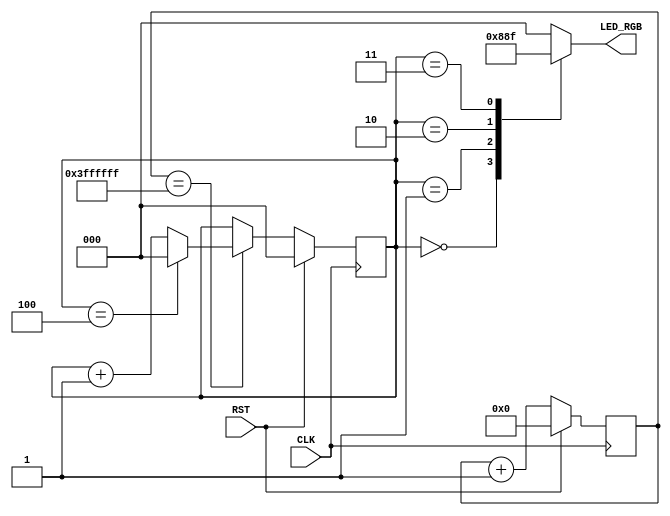
/* Copyright(C) 2020 Cobac.Net All Rights Reserved. */
/* chapter: 2       */
/* project: blink       */
/* outline: LED_H */

module blink (
    input               CLK,
    input               RST,
    output  reg [2:0]   LED_RGB
);

/* VXeNbN */
reg [25:0] cnt26;

always @( posedge CLK ) begin
    if ( RST )
        cnt26 <= 26'h0;
    else
        cnt26 <= cnt26 + 1'h1;
end

wire ledcnten = (cnt26==26'h3ffffff);

/* LEDp5iJE^ */
reg [2:0] cnt3;

always @( posedge CLK ) begin
    if ( RST )
        cnt3 <= 3'h0;
    else if ( ledcnten )
        if ( cnt3==3'd4)
            cnt3 <=3'h0;
        else
            cnt3 <= cnt3 + 3'h1;
end

/* LEDfR[_ */
always @* begin
    case ( cnt3 )
        3'd0:   LED_RGB = 3'b100;
        3'd1:   LED_RGB = 3'b010;
        3'd2:   LED_RGB = 3'b001;
        3'd3:   LED_RGB = 3'b111;
        3'd4:   LED_RGB = 3'b000;
        default:LED_RGB = 3'b000;
    endcase
end

endmodule